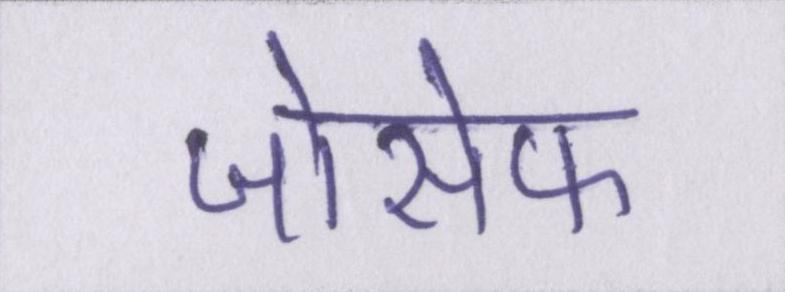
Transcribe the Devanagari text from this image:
जोसेफ